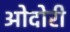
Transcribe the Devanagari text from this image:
ओदोरी